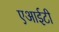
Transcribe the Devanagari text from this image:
एआईटी